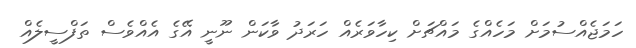
ހަމަޖެއްސުމަށް މަހެއްގެ މައްޗަށް ކިހާވަރެއް ހަރަދު ވާކަން ނޫނީ އޭގެ އެއްވެސް ތަފްސީލެއް